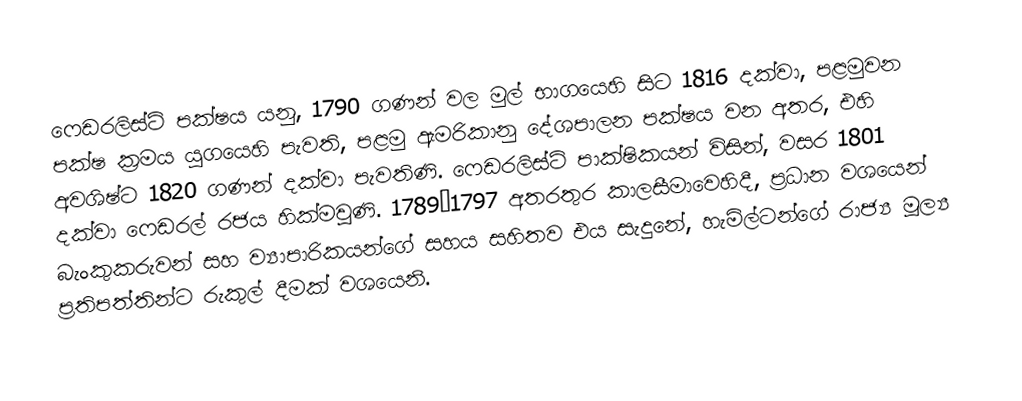
ෆෙඩරලිස්ට් පක්ෂය යනු, 1790 ගණන් වල මුල් භාගයෙහි සිට 1816 දක්වා, පළමුවන පක්ෂ ක්‍රමය යුගයෙහි පැවති, පළමු ඇමරිකානු දේශපාලන පක්ෂය වන අතර,  එහි අවශිෂ්ට 1820 ගණන් දක්වා පැවතිණි. ෆෙඩරලිස්ට් පාක්ෂිකයන් විසින්, වසර 1801 දක්වා ෆෙඩරල් රජය හික්මවුණි. 1789–1797 අතරතුර කාලසීමාවෙහිදී, ප්‍රධාන වශයෙන් බැංකුකරුවන් සහ ව්‍යාපාරිකයන්ගේ සහය සහිතව එය සැදුනේ, හැමිල්ටන්ගේ රාජ්‍ය මූල්‍ය ප්‍රතිපත්තින්ට රුකුල් දීමක් වශයෙනි.